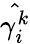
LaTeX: \hat{\gamma_{i}^{k}}